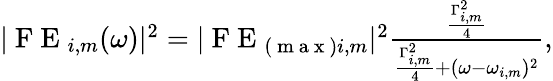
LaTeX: \begin{array}{r}{|\mathrm{~F~E~}_{i,m}(\omega)|^{2}=|\mathrm{~F~E~}_{(\mathrm{~m~a~x~})i,m}|^{2}\frac{\frac{\Gamma_{i,m}^{2}}{4}}{\frac{\Gamma_{i,m}^{2}}{4}+(\omega-\omega_{i,m})^{2}},}\end{array}